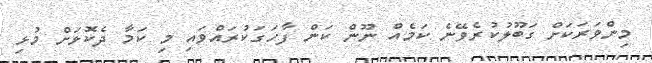
މިންވަރަކަށް ގަބޫލުކުރެވޭނެ ކަމެއް ނޫން ކަން ފާހަގަކުރައްވައި މި ކަމާ ދެކޮޅަށް މުޅި